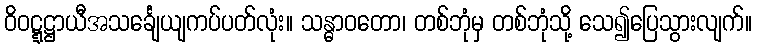
ဝိဝဋ္ဋဋ္ဌာယီအသင်္ချေယျကပ်ပတ်လုံး။ သန္ဓာဝတော၊ တစ်ဘုံမှ တစ်ဘုံသို့ သေ၍ပြေသွားလျက်။